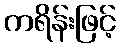
ကရိန်းဖြင့်